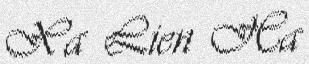
Xa Lien Ha